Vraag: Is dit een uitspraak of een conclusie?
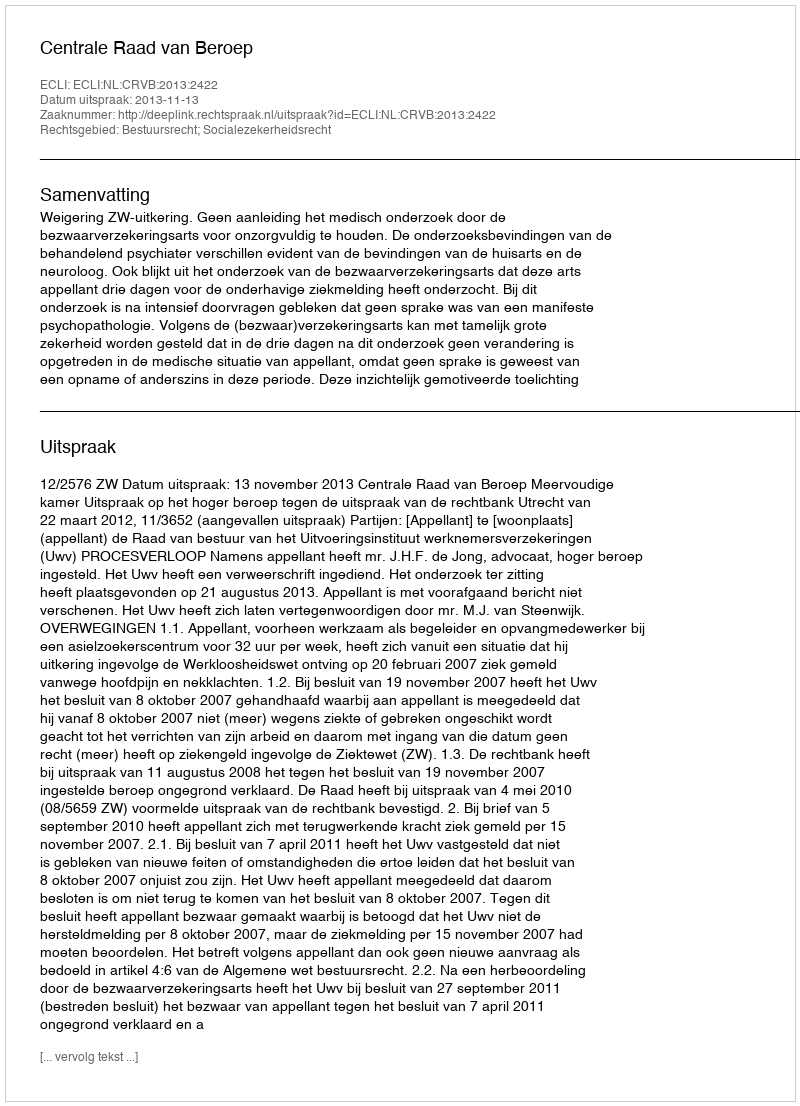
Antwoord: Uitspraak